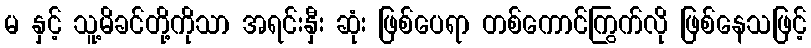
မ နှင့် သူ့မိခင်တို့ကိုသာ အရင်းနှီး ဆုံး ဖြစ်ပေရာ တစ်ကောင်ကြွက်လို ဖြစ်နေသဖြင့်